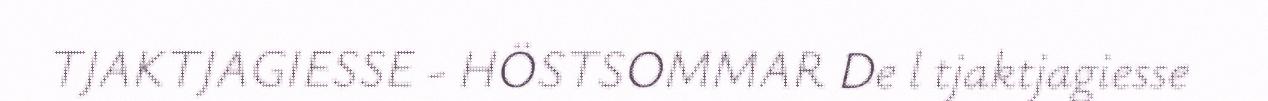
TJAKTJAGIESSE - HÖSTSOMMAR De l tjaktjagiesse